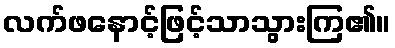
လက်ဖနောင့်ဖြင့်သာသွားကြ၏။